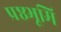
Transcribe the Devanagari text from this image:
प्रष्ठभूमि